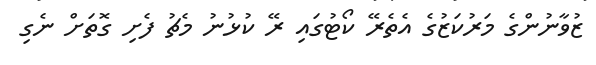
ޒުވާނުންގެ މަރުކަޒުގެ އެތެރޭ ކޯޓުގައި ރޭ ކުޅުނު މެޗު ފެށި ގޮތަށް ނެގި